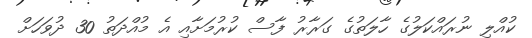
ކުއްލި ނުރައްކަލުގެ ހާލަތުގެ ގަރާރު ފާސް ކުރުމަށާއި އެ މުއްދަތު 30 ދުވަހަށް